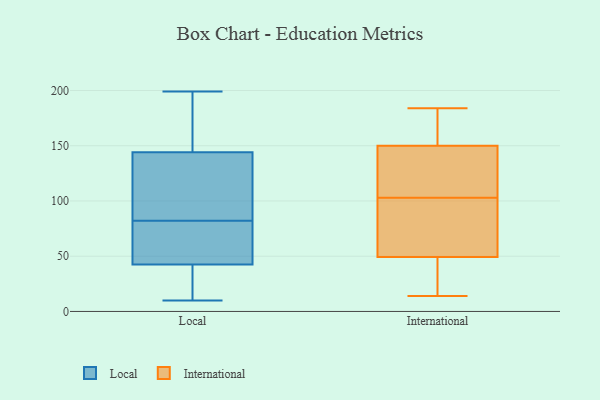
{"axis": {"x": "Waste Production (Tons)", "y": "Value"}, "legend": ["International", "Local"], "data": [{"x": "", "y": 36, "type": "Local"}, {"x": "", "y": 69, "type": "Local"}, {"x": "", "y": 126, "type": "Local"}, {"x": "", "y": 199, "type": "Local"}, {"x": "", "y": 45, "type": "Local"}, {"x": "", "y": 83, "type": "Local"}, {"x": "", "y": 191, "type": "Local"}, {"x": "", "y": 10, "type": "Local"}, {"x": "", "y": 68, "type": "Local"}, {"x": "", "y": 60, "type": "Local"}, {"x": "", "y": 110, "type": "Local"}, {"x": "", "y": 115, "type": "Local"}, {"x": "", "y": 81, "type": "Local"}, {"x": "", "y": 31, "type": "Local"}, {"x": "", "y": 96, "type": "Local"}, {"x": "", "y": 192, "type": "Local"}, {"x": "", "y": 20, "type": "Local"}, {"x": "", "y": 184, "type": "Local"}, {"x": "", "y": 40, "type": "Local"}, {"x": "", "y": 162, "type": "Local"}, {"x": "", "y": 141, "type": "International"}, {"x": "", "y": 53, "type": "International"}, {"x": "", "y": 184, "type": "International"}, {"x": "", "y": 14, "type": "International"}, {"x": "", "y": 96, "type": "International"}, {"x": "", "y": 153, "type": "International"}, {"x": "", "y": 165, "type": "International"}, {"x": "", "y": 48, "type": "International"}, {"x": "", "y": 103, "type": "International"}, {"x": "", "y": 36, "type": "International"}, {"x": "", "y": 118, "type": "International"}]}